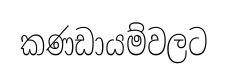
කණඩායම්වලට